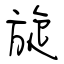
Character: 旋